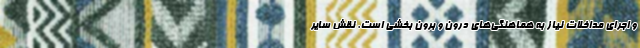
و اجرای مداخلات نیاز به هماهنگی‌های درون و برون بخشی است. نقش سایر